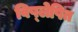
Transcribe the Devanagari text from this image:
विष्लेषित